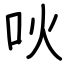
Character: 吙